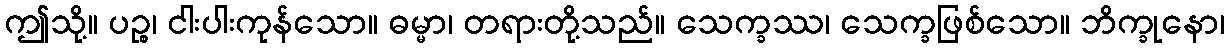
ဤသို့။ ပဉ္စ၊ ငါးပါးကုန်သော။ ဓမ္မာ၊ တရားတို့သည်။ သေက္ခဿ၊ သေက္ခဖြစ်သော။ ဘိက္ခုနော၊